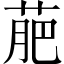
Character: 萉